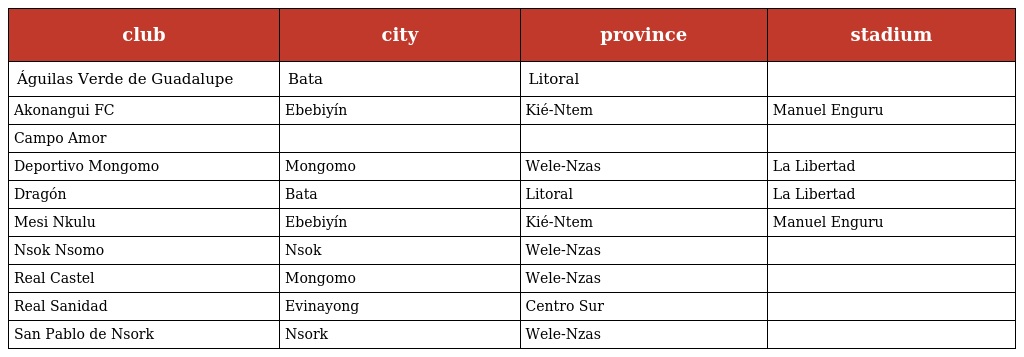
| club | city | province | stadium |
 | --- | --- | --- | --- |
 | Águilas Verde de Guadalupe | Bata | Litoral |  |
 | Akonangui FC | Ebebiyín | Kié-Ntem | Manuel Enguru |
 | Campo Amor |  |  |  |
 | Deportivo Mongomo | Mongomo | Wele-Nzas | La Libertad |
 | Dragón | Bata | Litoral | La Libertad |
 | Mesi Nkulu | Ebebiyín | Kié-Ntem | Manuel Enguru |
 | Nsok Nsomo | Nsok | Wele-Nzas |  |
 | Real Castel | Mongomo | Wele-Nzas |  |
 | Real Sanidad | Evinayong | Centro Sur |  |
 | San Pablo de Nsork | Nsork | Wele-Nzas |  |